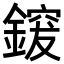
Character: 𮢰